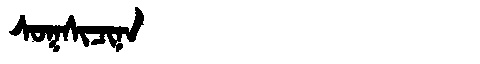
Manchu: ᠰᠣᡴᠰᡳᠴᡳᠨᠠ
Romanization: SOKSICINA